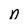
Character: n